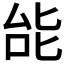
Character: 𫨩